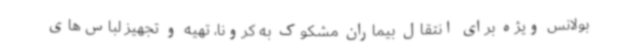
بولانس ویژه برای انتقال بیماران مشکوک به کرونا، تهیه و تجهیز لباس‌های